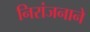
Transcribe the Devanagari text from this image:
निरांजनाने